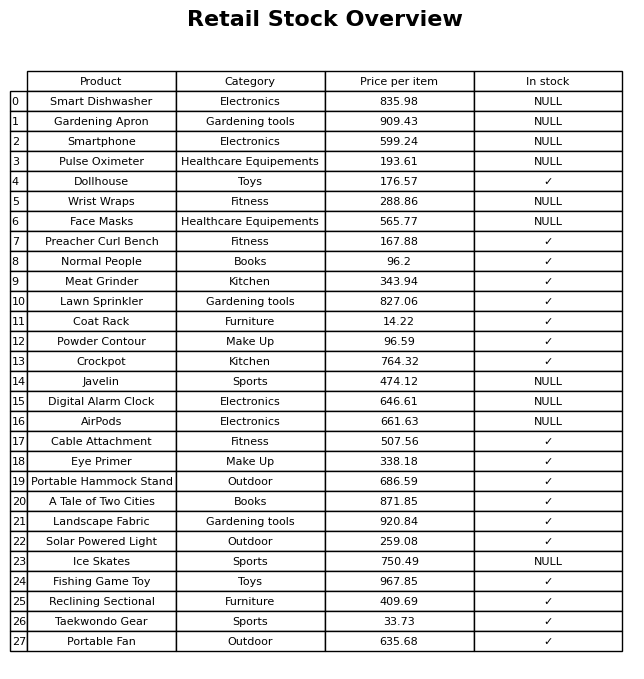
question: What is the stock status of the Lawn Sprinkler?
answer: ✓